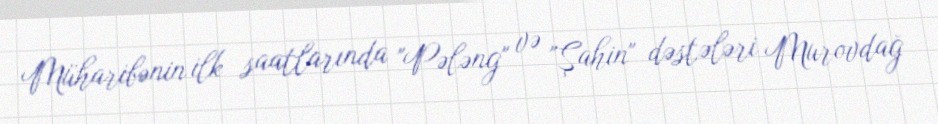
Müharibənin ilk saatlarında "Pələng" və "Şahin" dəstələri Murovdağ